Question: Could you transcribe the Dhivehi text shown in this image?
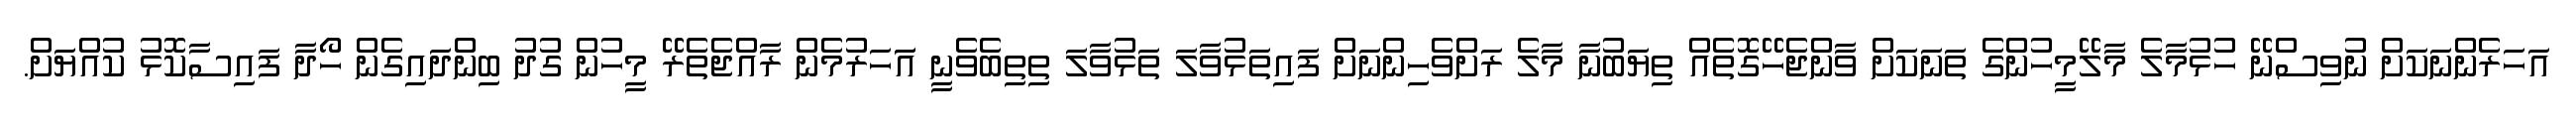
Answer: އަހަރެންނަކަށް ނުވިސްނޭ ހުޅުމާލެ މާލޭމީހުންގެ ތަނަކަށް ވާންޖެހޭގޮތެއް ތިޔަބުނާ މާލެ ރަށްވެހިންނަށް ފައިތަޅުވާލަ ތަޅުވާލަ ތިތިބެވެނީ އަަހަރުމެން ރާއްޖެތެރޭ މީހުން ގުދު ބިންދައިގެން ހޯދާ ފައިސާކޮޅު ކުއްޔަށް.